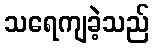
သရေကျခဲ့သည်